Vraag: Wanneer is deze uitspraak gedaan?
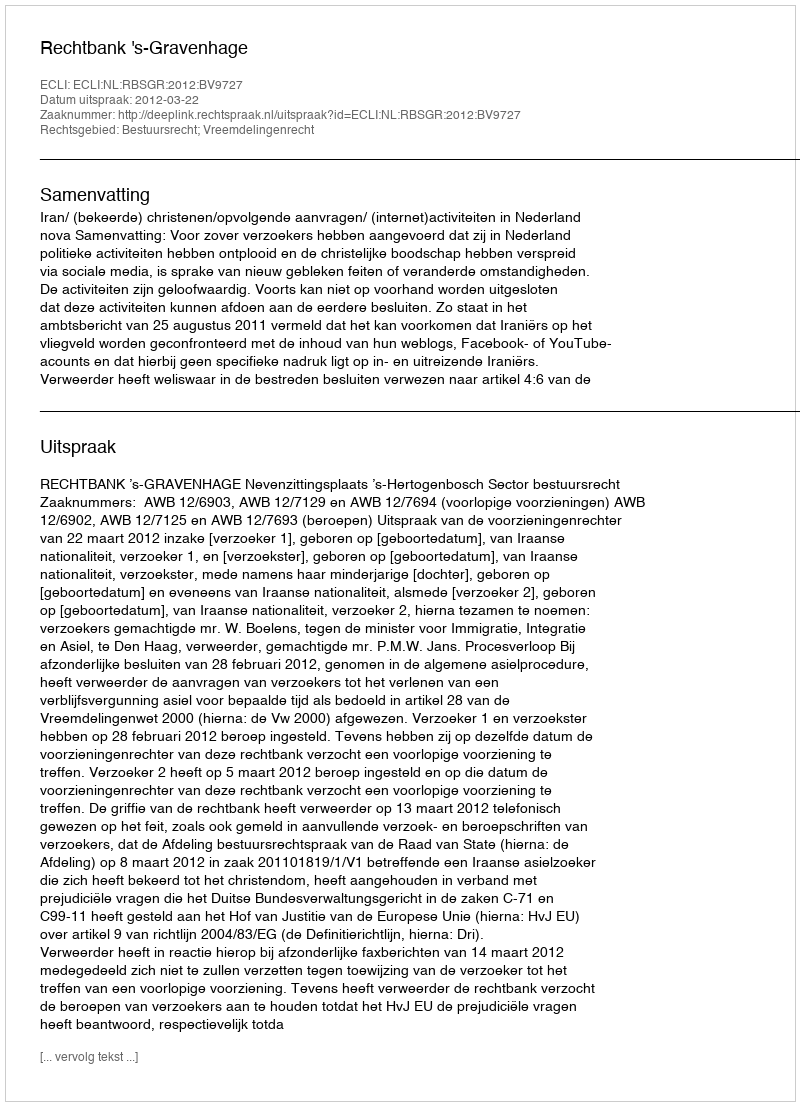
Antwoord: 2012-03-22